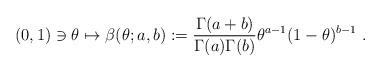
LaTeX: \begin{align*} (0,1) \ni \theta \mapsto \beta(\theta; a, b) := \frac{\Gamma(a+b)}{\Gamma(a)\Gamma(b)} \theta^{a - 1} (1 - \theta)^{b - 1}\ .\end{align*}